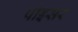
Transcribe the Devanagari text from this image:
पोइसर